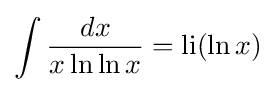
\int {\frac {dx}{x\ln \ln x}}=\operatorname {li} (\ln x)